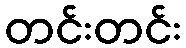
တင်းတင်း